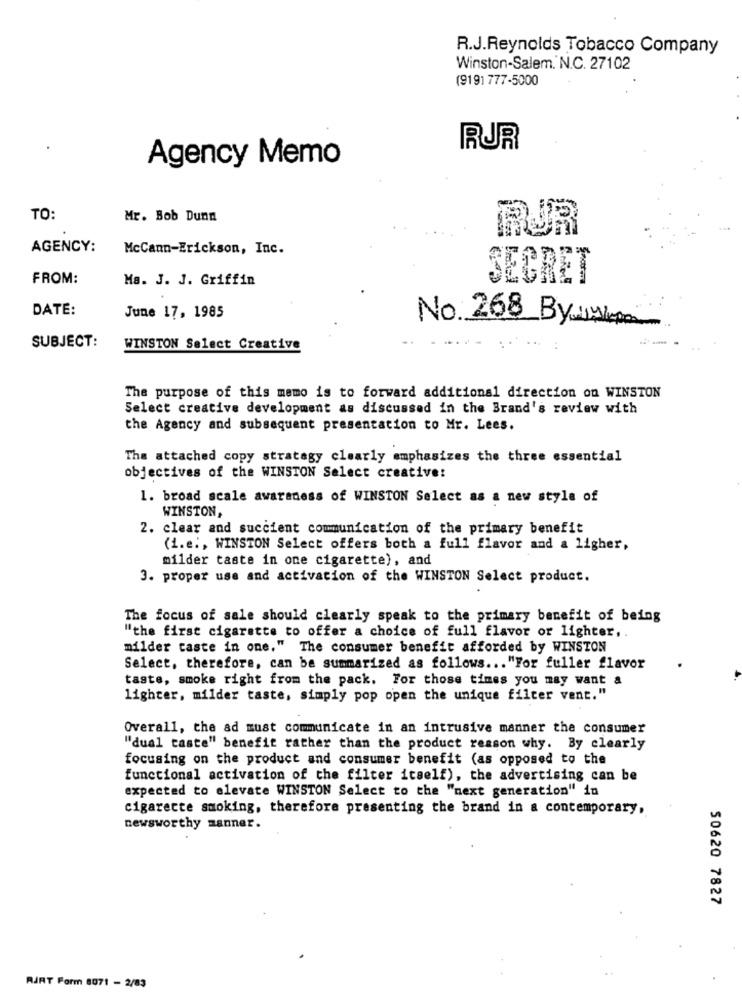
R.J.Reynolds Tobacco Company
Winston-Salem. N.C. 27102
(9191 777-5000
RJR
Agency Memo
TO:
Mr. Bob Dunn
PUR
AGENCY:
McCann-Erickson, Inc.
FROM:
Ma. J. J. Griffin
SECRET
DATE:
June 17, 1985
No. 268 Byuyum
SUBJECT:
WINSTON Select Creative
The purpose of this memo is to forward additional direction on WINSTON
Select creative development as discussed in the Brand's review with
the Agency and subsequent presentation to Mr. Lees.
The attached copy strategy clearly emphasizes the three essential
objectives of the WINSTON Select creative:
1. broad scale awareness of WINSTON Select as a new style of
WINSTON,
2. clear and succient communication of the primary benefit
(i.e ., WINSTON Select offers both a full flavor and a ligher,
milder taste in one cigarette), and
3. proper use and activation of the WINSTON Select product.
The focus of sale should clearly speak to the primary benefit of being
"the first cigarette to offer a choice of full flavor or lighter ,.
milder caste in one." The consumer benefit afforded by WINSTON
Select, therefore, can be summarized as follows ... "For fuller flavor
taste, smoke right from the pack. For those times you may want a
lighter, milder taste, simply pop open the unique filter vent."
Overall, the ad must communicate in an intrusive manner the consumer
"dual taste" benefit rather than the product reason why. By clearly
focusing on the product and consumer benefit (as opposed to the
functional activation of the filter itself), the advertising can be
expected to elevate WINSTON Select to the "next generation" in
cigarette smoking, therefore presenting the brand in a contemporary,
newsworthy manner.
50620 7827
RART Form 8071 - 2/83